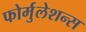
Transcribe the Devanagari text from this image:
फोर्मुलेशन्स